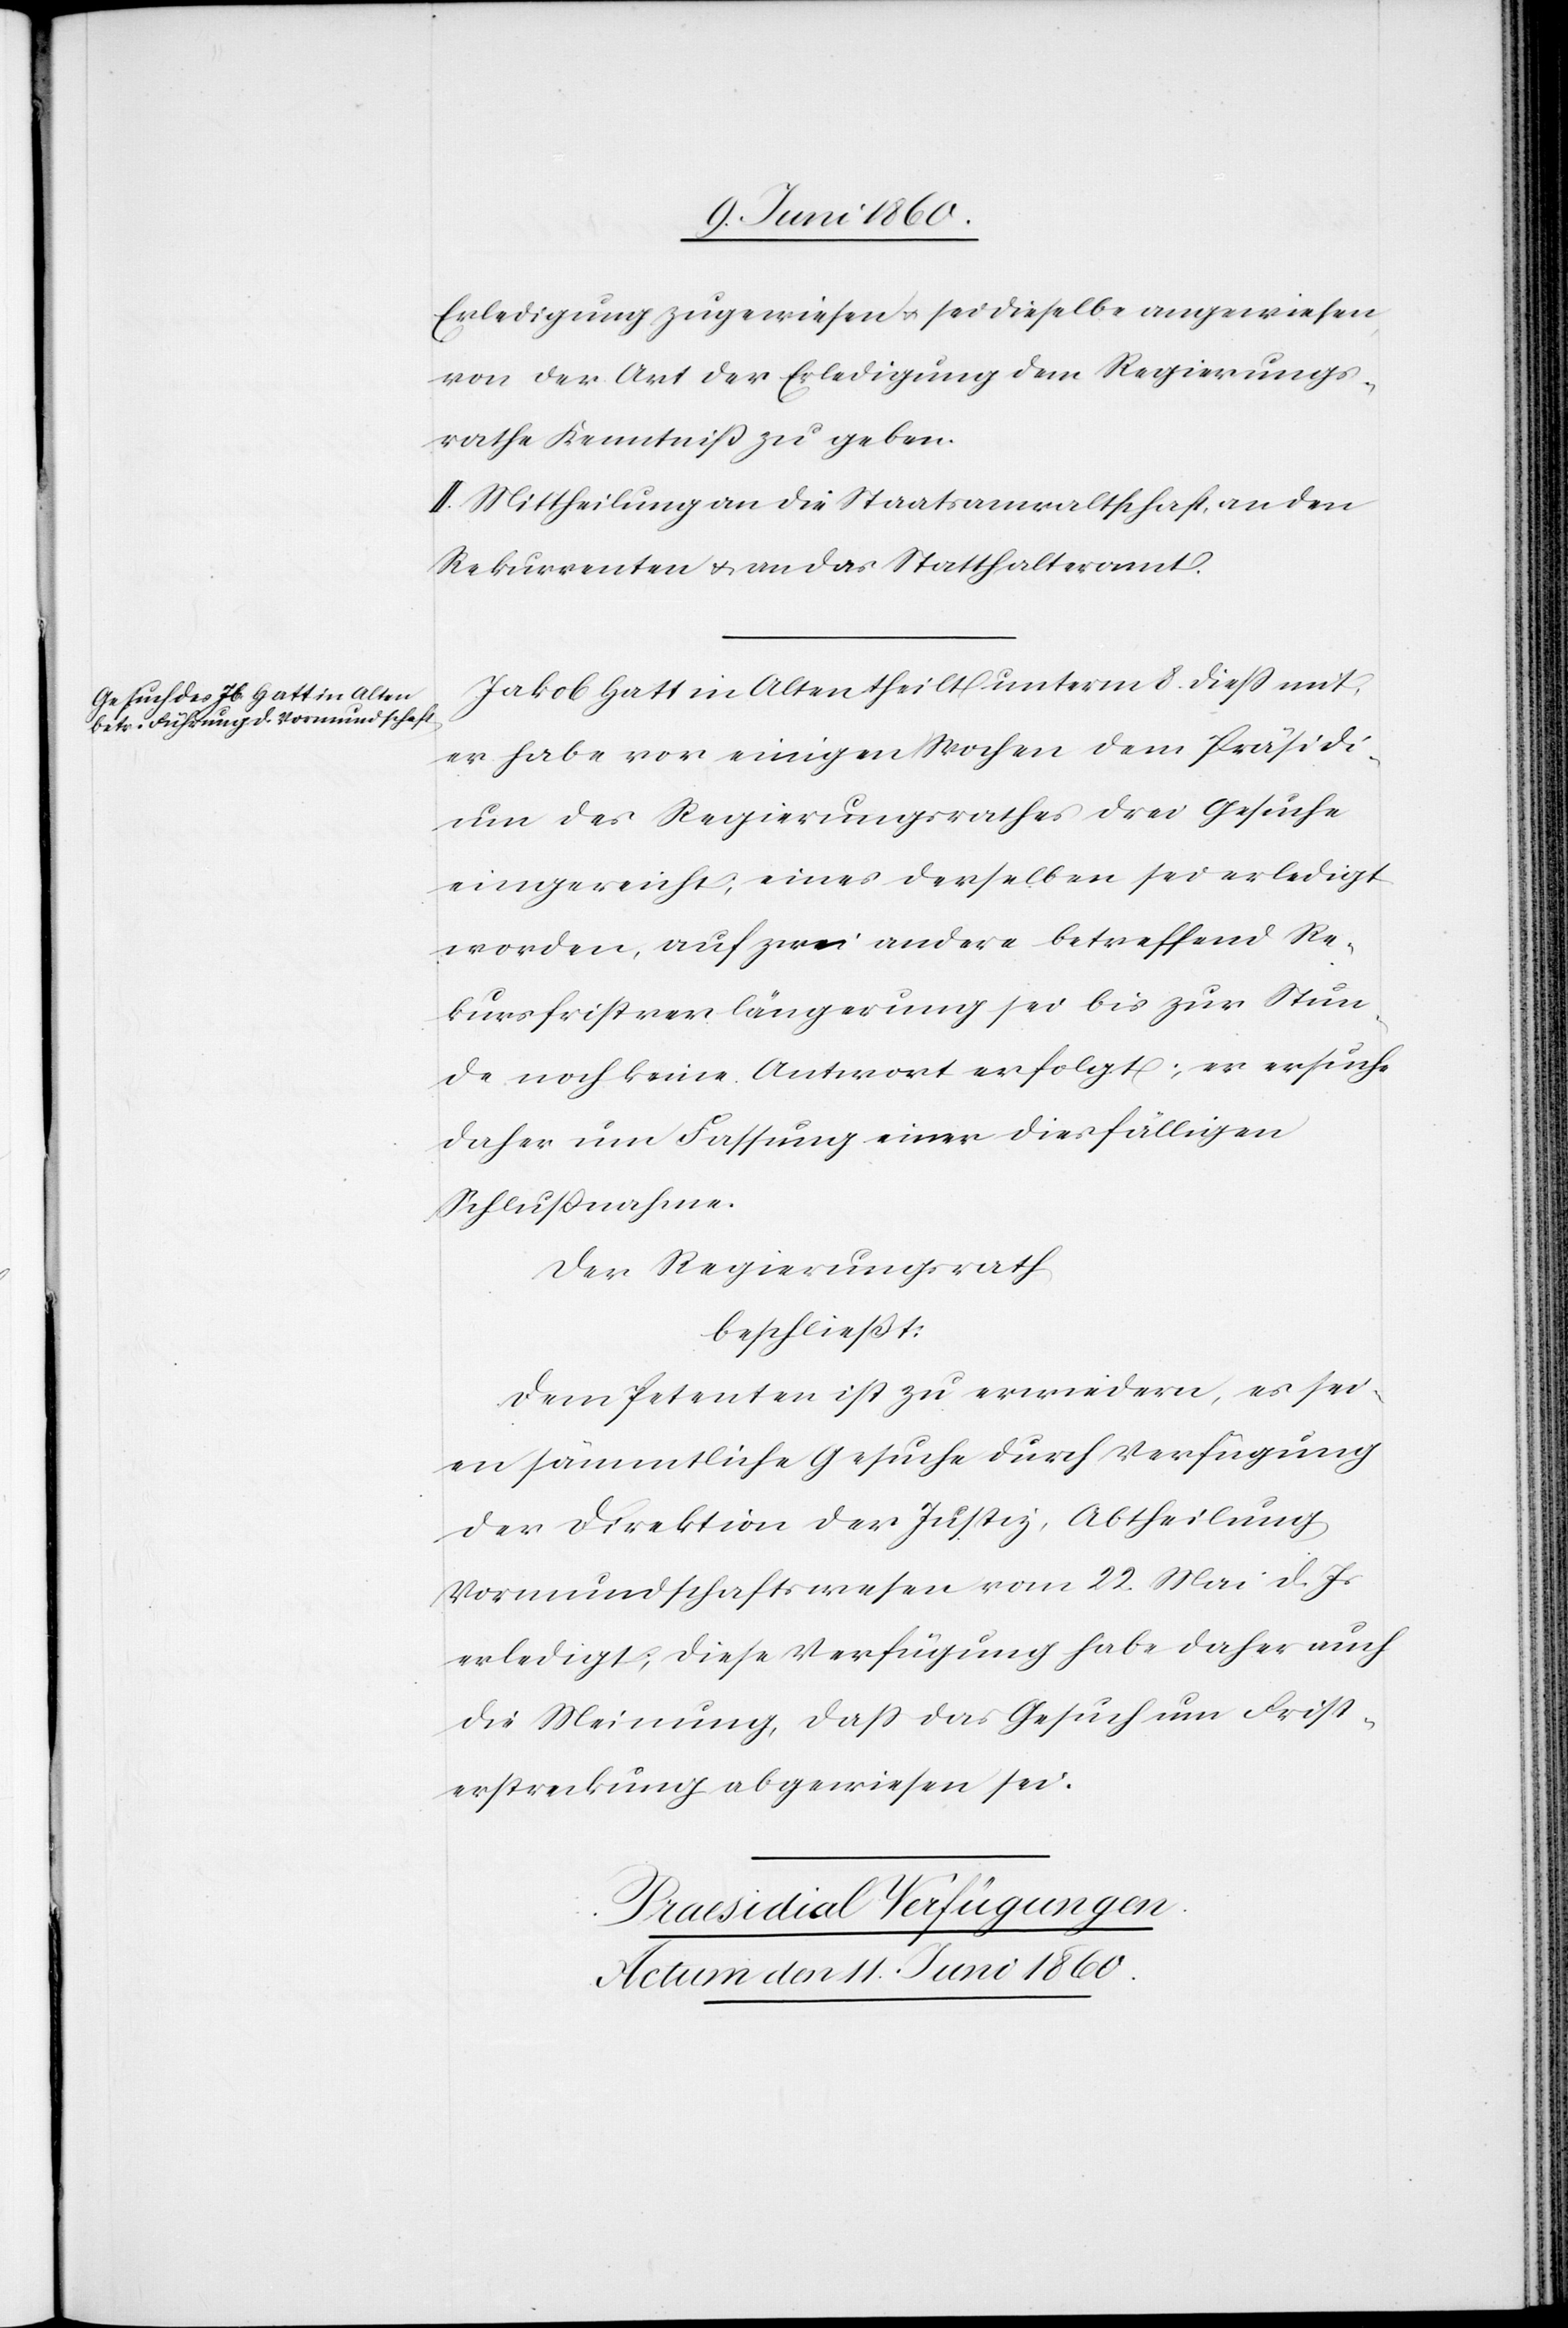
Erledigung zugewiesen u. sei dieselbe angewiesen
von der Art der Erledigung dem Regierungs¬
rathe Kenntniss zu geben.
II. Mittheilung an die Staatsanwaltschaft, an den
Rekurrenten u. an das Statthalteramt.
Jakob Hatt in Alten theilt unterm 8. diess mit,
er habe vor einigen Wochen dem Präsidi¬
um des Regierungsrathes drei Gesuche
eingereicht, eines derselben sei erledigt
worden, auf zwei andere betreffend Re¬
kursfristverlängerung sei bis zur Stun¬
de noch keine Antwort erfolgt; er ersuche
daher um Fassung einer diesfälligen
Schlussnahme.
Der Regierungsrath,
beschliesst:
Dem Petenten ist zu erwiedern, es sei¬
en sämmtliche Gesuche durch Verfügung
der Direktion der Justiz, Abtheilung
Vormundschaftswesen vom 22. Mai d. Js.
erledigt; diese Verfügung habe daher auch
die Meinung, dass das Gesuch um Frist¬
erstreckung abgewiesen sei.
Praesidial Verfügungen.
Actum den 11. Juni 1860.